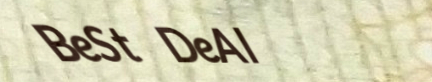
BeSt DeAl